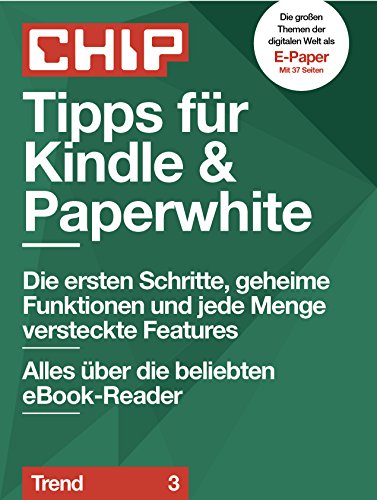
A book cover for Tipps fÃ¼r Kindle & Paperwhite: Alles Ã¼ber die beliebten eBook-Reader (CHIP Guide: Trend 3) (German Edition); CHIP eBooks; Computers & Technology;